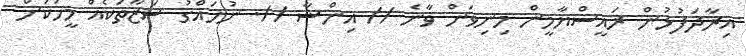
އިރާދަފުޅުން ރައީސްޔާމީން މިނިވަން ވާނެ // އިންޝާ //. ނުހައްގު ސަޒާތަކެއް މީހަކަށް